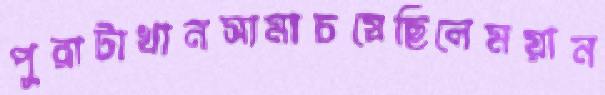
পুরাটাখানসামাচষেছিলেময়ান